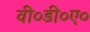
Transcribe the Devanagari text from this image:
वी०डी०ए०